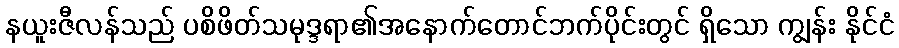
နယူးဇီလန်သည် ပစိဖိတ်သမုဒ္ဒရာ၏အနောက်တောင်ဘက်ပိုင်းတွင် ရှိသော ကျွန်း နိုင်ငံ